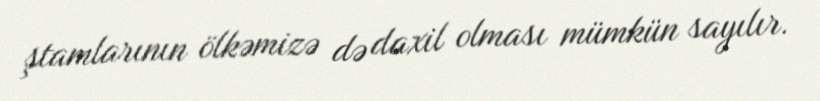
ştamlarının ölkəmizə də daxil olması mümkün sayılır.